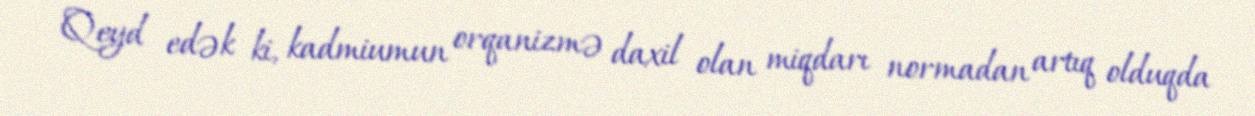
Qeyd edək ki, kadmiumun orqanizmə daxil olan miqdarı normadan artıq olduqda